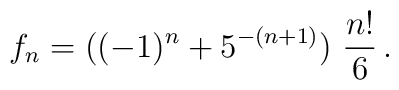
f_n= ((-1)^n   +   5^{-(n+1)}) \ {n! \over 6} \, .